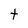
Character: t